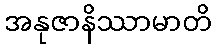
အနုဇာနိဿာမာတိ